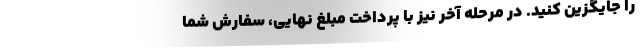
را جایگزین کنید. در مرحله آخر نیز با پرداخت مبلغ نهایی، سفارش شما